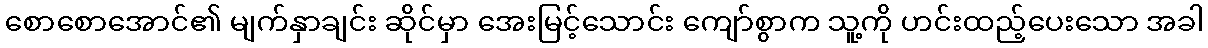
စောစောအောင်၏ မျက်နှာချင်း ဆိုင်မှာ အေးမြင့်သောင်း ကျော်စွာက သူ့ကို ဟင်းထည့်ပေးသော အခါ